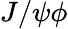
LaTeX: J/\psi\phi